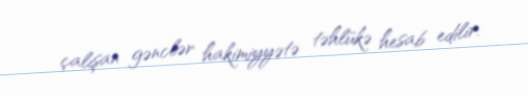
çalışan gənclər hakimiyyətə təhlükə hesab edilir.